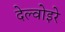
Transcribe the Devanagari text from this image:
देल्वोइरे